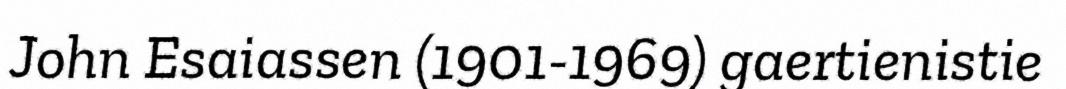
John Esaiassen (1901-1969) gaertienistie